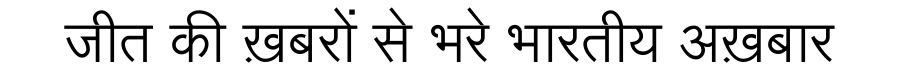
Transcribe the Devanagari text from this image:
जीत की ख़बरों से भरे भारतीय अख़बार